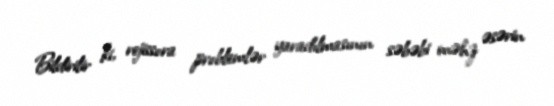
Bildirilir ki, rejissora problemlər yaradılmasının səbəbi məhz əsərin